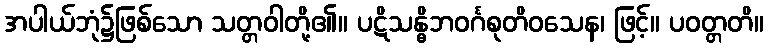
အပါယ်ဘုံ၌ဖြစ်သော သတ္တဝါတို့၏။ ပဋိသန္ဓိဘဝင်္ဂစုတိဝသေန၊ ဖြင့်။ ပဝတ္တတိ။